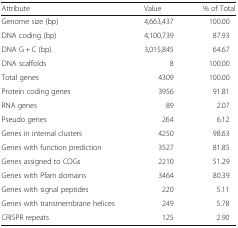
| Attribute | Value | % of Total |
 | --- | --- | --- |
 | Genome size (bp) | 4,663,437 | 100.00 |
 | DNA coding (bp) | 4,100,739 | 87.93 |
 | DNA G + C (bp) | 3,015,845 | 64.67 |
 | DNA scaffolds | 8 | 100.00 |
 | Total genes | 4309 | 100.00 |
 | Protein coding genes | 3956 | 91.81 |
 | RNA genes | 89 | 2.07 |
 | Pseudo genes | 264 | 6.12 |
 | Genes in internal clusters | 4250 | 98.63 |
 | Genes with function prediction | 3527 | 81.85 |
 | Genes assigned to COGs | 2210 | 51.29 |
 | Genes with Pfam domains | 3464 | 80.39 |
 | Genes with signal peptides | 220 | 5.11 |
 | Genes with transmembrane helices | 249 | 5.78 |
 | CRISPR repeats | 125 | 2.90 |